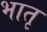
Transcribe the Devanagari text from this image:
भातृ